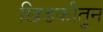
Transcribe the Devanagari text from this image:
खिडकीतुन